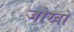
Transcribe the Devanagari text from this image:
जोखों